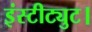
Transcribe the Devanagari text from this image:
इंस्टीट्युट।